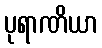
ပုရာဏိယာ